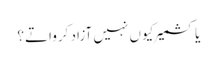
یا کشمیر کیوں نہیں آزاد کرواتے؟